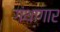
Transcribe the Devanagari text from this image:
गंथागार